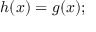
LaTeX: h ( x ) = g ( x ) ;